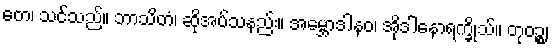
တေ၊ သင်သည်။ ဘာသိတံ၊ ဆိုအပ်သနည်း။ အမ္ဘောဒါနဝ၊ အိုဒါနောရက္ခိုသ်။ တုဝဉ္စ၊